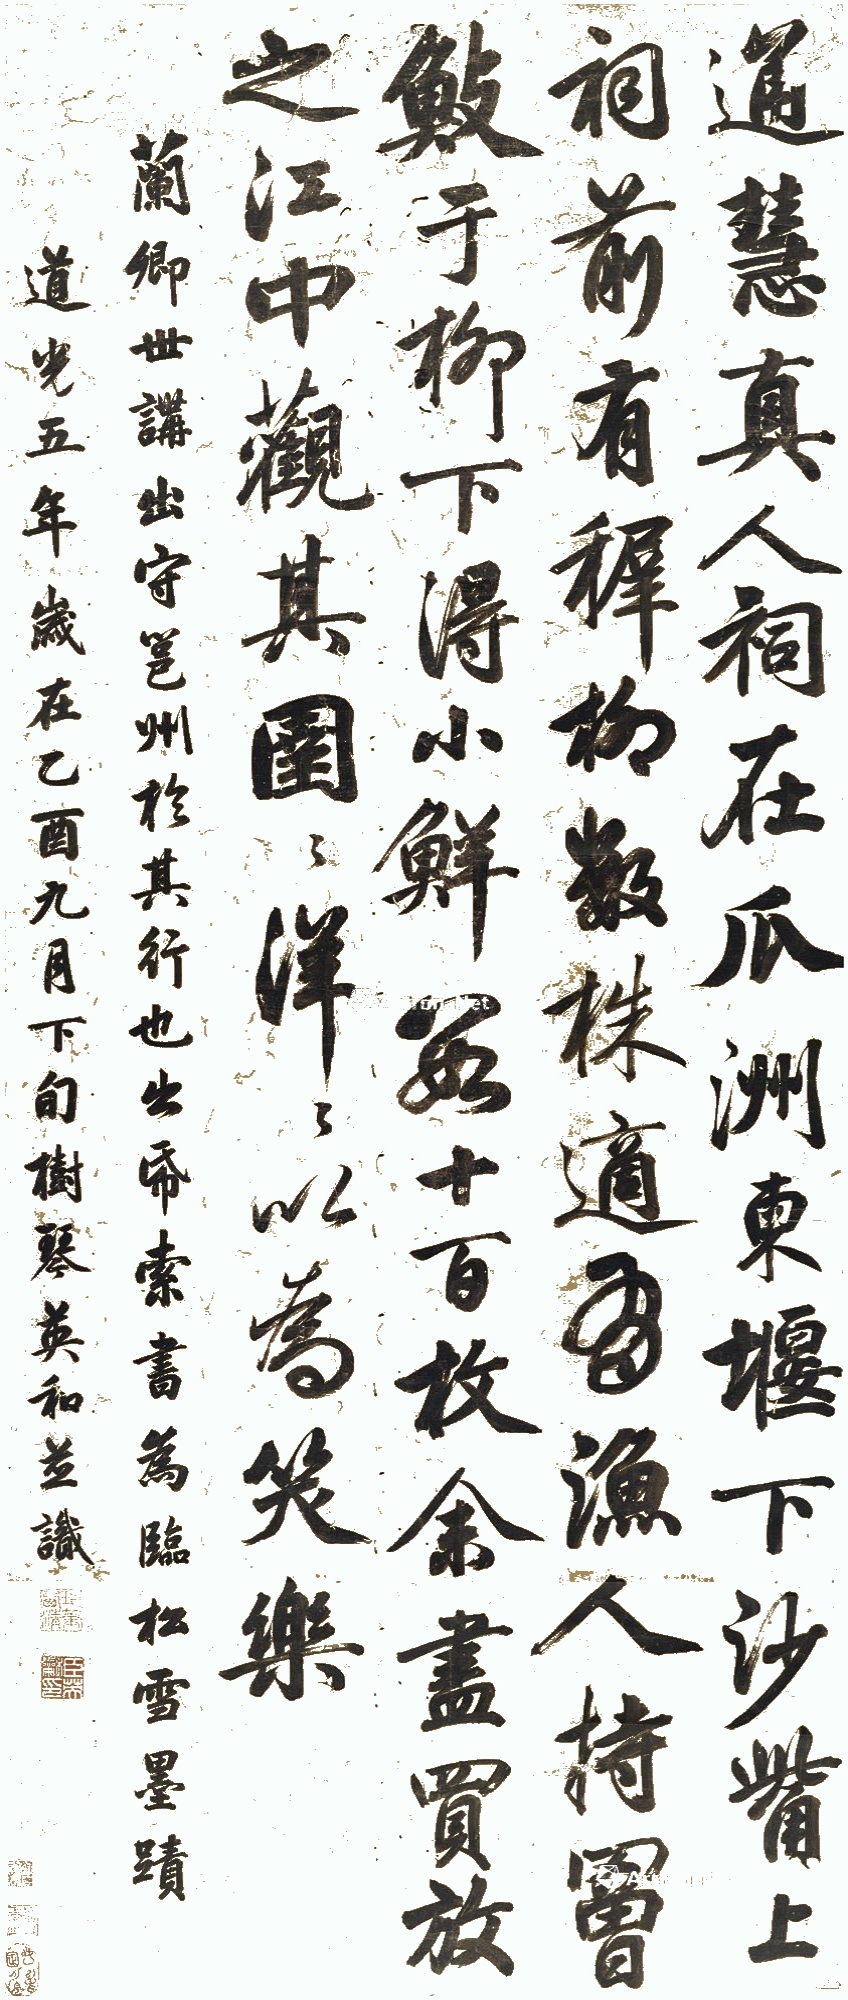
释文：通慧真人祠在瓜洲东堰下沙觜上，祠前有穉柳数株，适有渔人持罾渔于柳下，得小鲜数十百枚，余尽买放之江中，观其圉圉洋洋以为笑乐。兰卿世讲出守邕州，于其行也，出纸索书，为临松雪墨迹。道光五年岁在乙酉九月下旬，树琴英和并识。